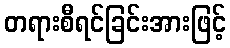
တရားစီရင်ခြင်းအားဖြင့်